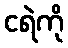
ငရဲကို